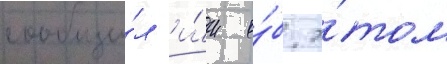
сообщи́л и́м о́б э́том